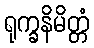
ရုက္ခနိမိတ္တံ